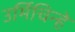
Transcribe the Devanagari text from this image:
उर्मिचिन्हे